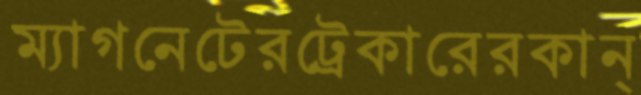
ম্যাগনেটেরট্রেকারেরকান্